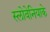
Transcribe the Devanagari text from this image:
स्लोवेनियाके